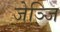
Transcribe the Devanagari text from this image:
जेञ्जि